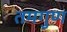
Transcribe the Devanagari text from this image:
तमगुण